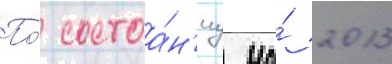
По́ состоа́н'иу на́ 2013